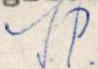
S.P.